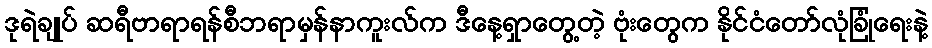
ဒုရဲချုပ် ဆရီဗာရာရန်စီဘရာမှန်နာကူးလ်က ဒီနေ့ရှာတွေ့တဲ့ ဗုံးတွေက နိုင်ငံတော်လုံခြုံရေးနဲ့